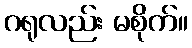
ဂရုလည်း မစိုက်။